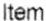
ITEM